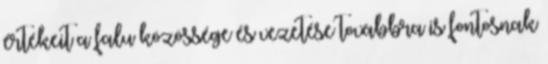
értékeit a falu közössége és vezetése továbbra is fontosnak